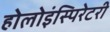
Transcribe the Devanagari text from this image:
होलोइंस्पिरेटरी